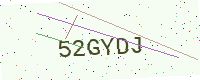
Text: 52GYDJ